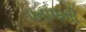
પનામાની